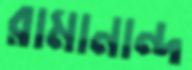
রামানান্দ